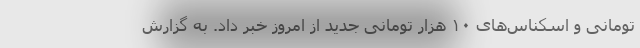
تومانی و اسکناس‌های ۱۰ هزار تومانی جدید از امروز خبر داد. به گزارش